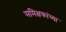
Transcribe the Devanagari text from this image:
समिक्षकांच्या